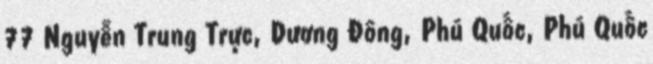
77 Nguyễn Trung Trực, Dương Đông, Phú Quốc, Phú Quốc